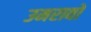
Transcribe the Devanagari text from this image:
उमरावों